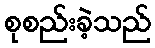
စုစည်းခဲ့သည်